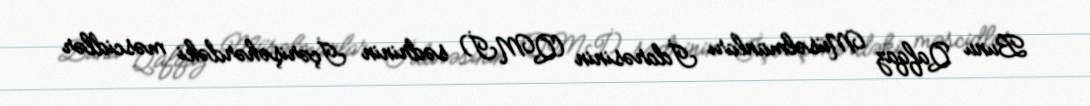
Bunu Qafqaz Müsəlmanları İdarəsinin (QMİ) sədrinin İçərişəhərdəki məscidlər